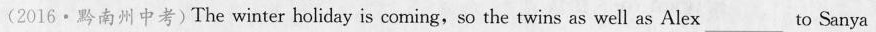
(2016·黔南州中考)The winter holiday is coming,so the twins as well as Alex_to Sanya